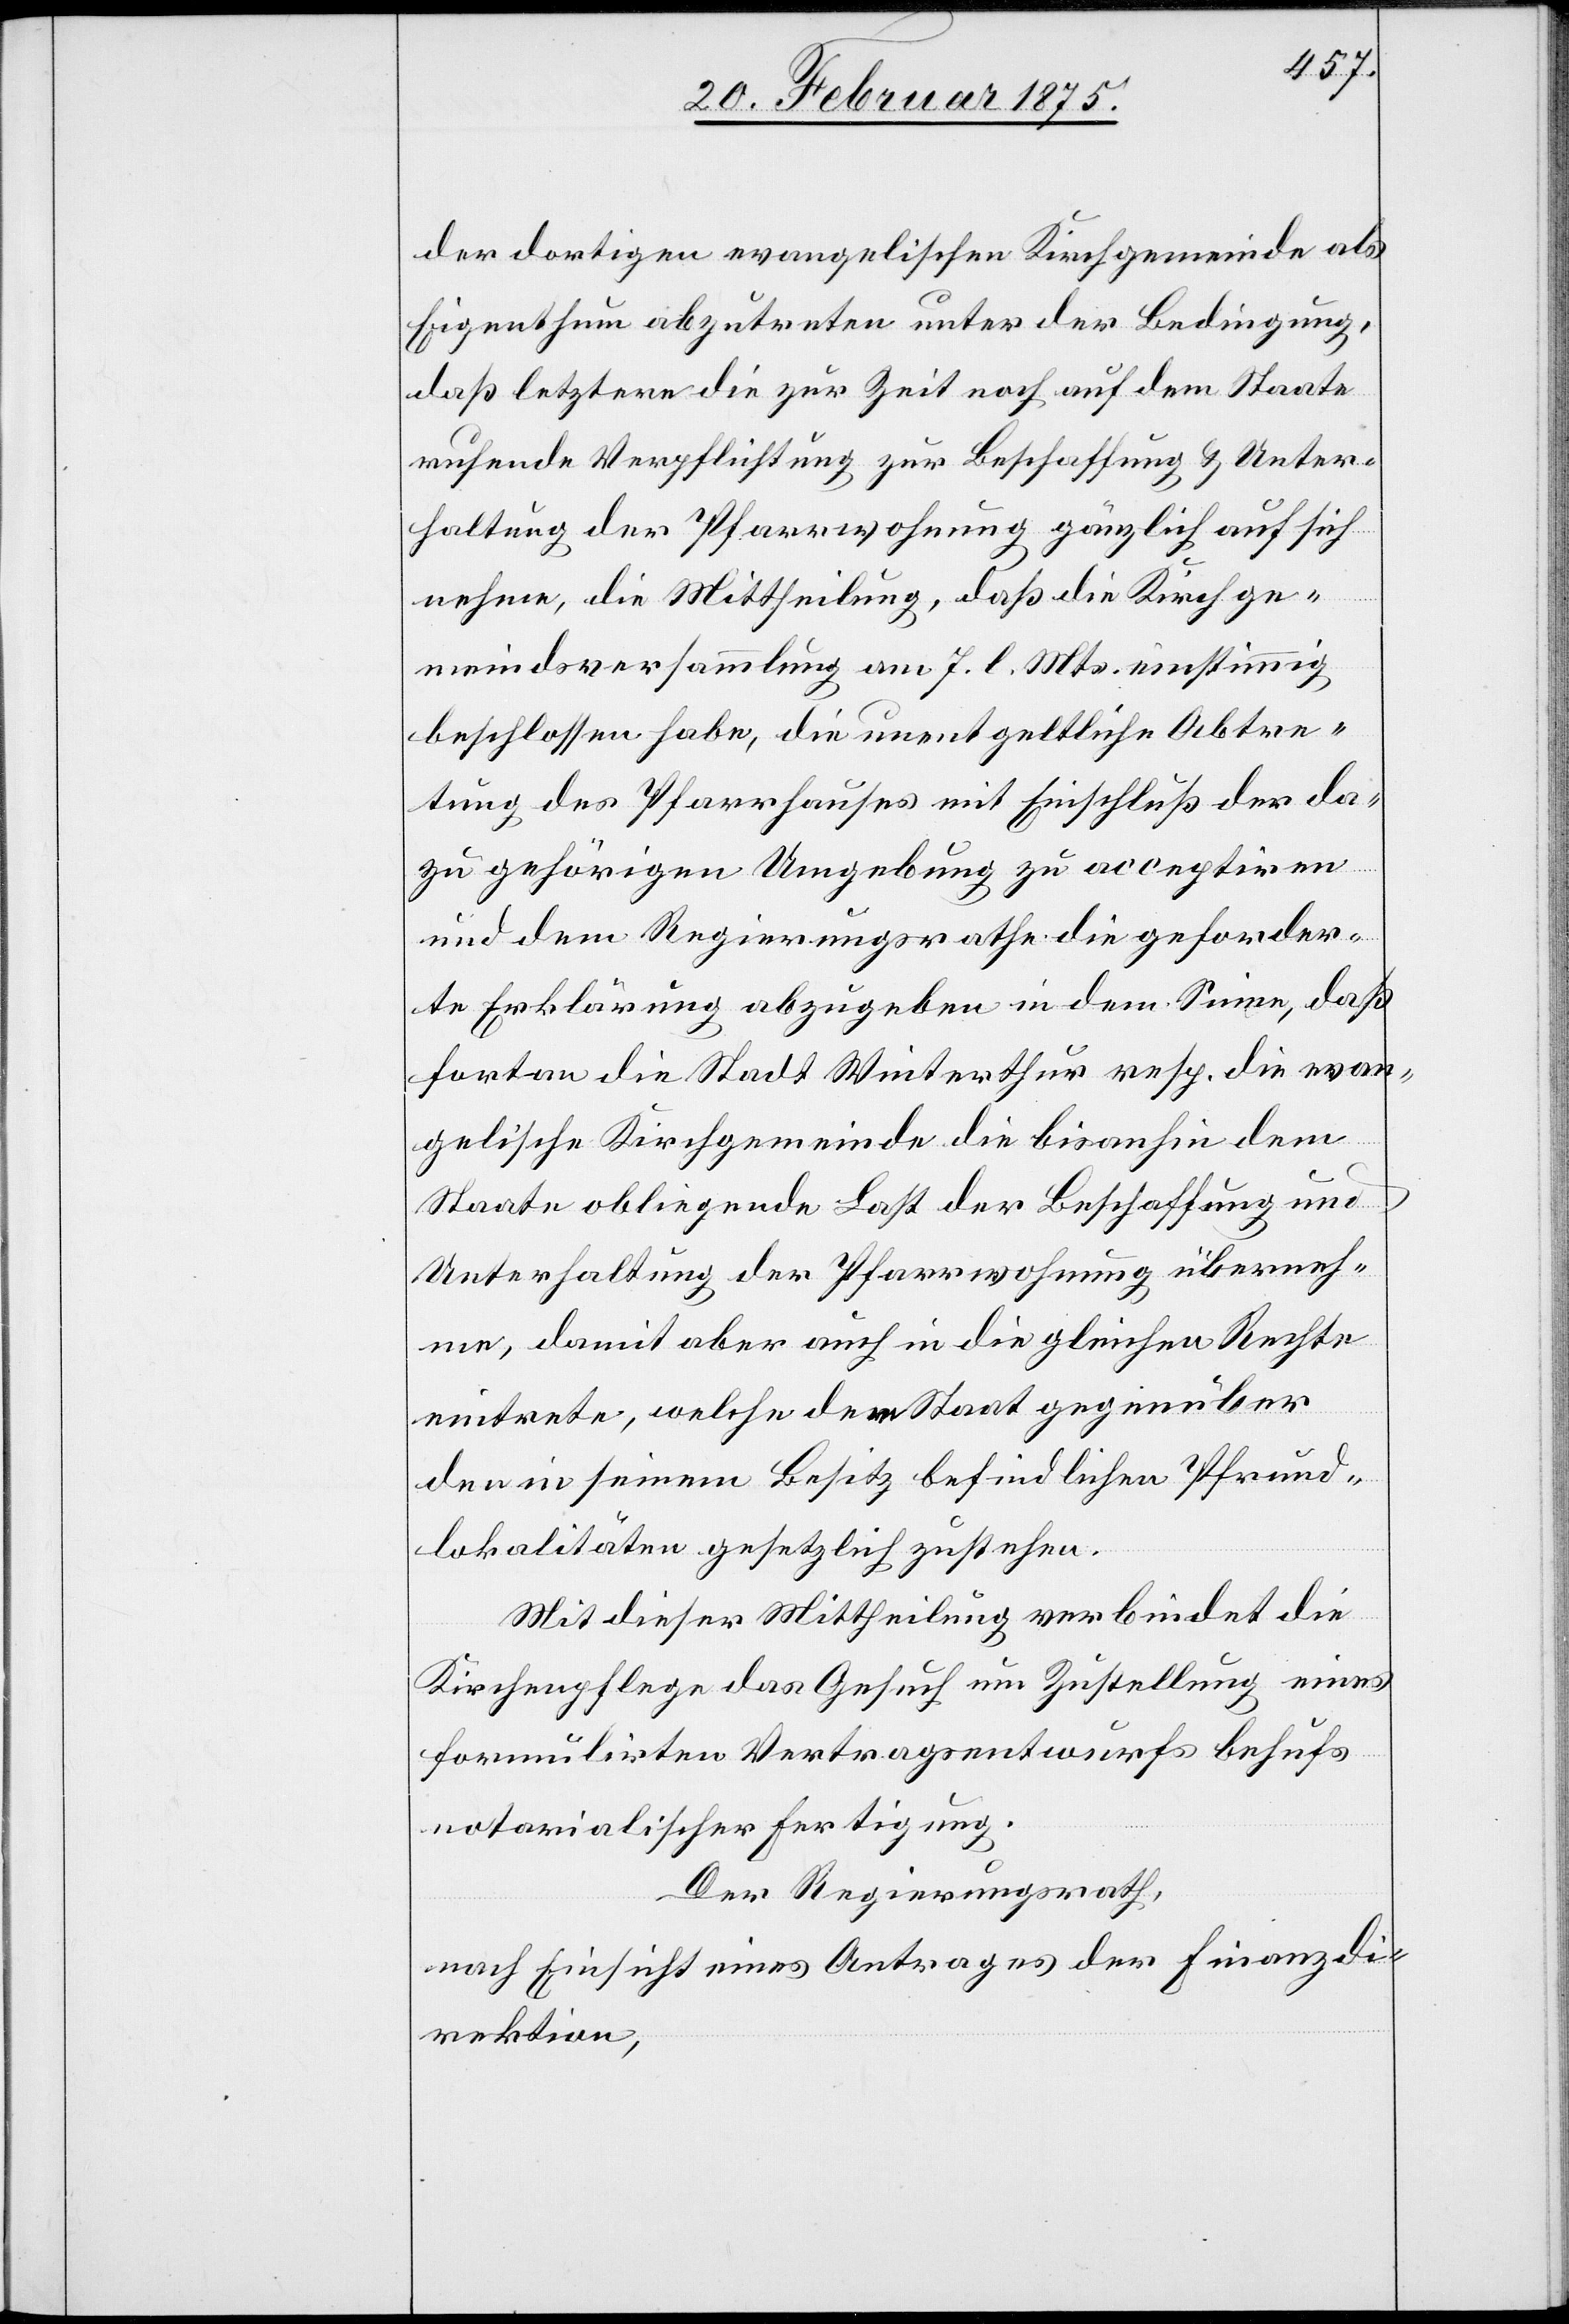
der dortigen evangelischen Kirchgemeinde als
Eigenthum abzutreten unter der Bedingung,
daß letztere die zur Zeit noch auf dem Staate
ruhende Verpflichtung zur Beschaffung & Unter¬
haltung der Pfarrwohnung gänzlich auf sich
nehme, die Mittheilung, daß die Kirchge¬
meindsversammlung am 7. l. Mts. einstimmig
beschlossen habe, die unentgeltliche Abtre¬
tung des Pfarrhauses mit Einschluß der da¬
zu gehörigen Umgebung zu acceptiren
und dem Regierungsrathe die geforder¬
te Erklärung abzugeben in dem Sinne, daß
fortan die Stadt Winterthur resp. die evan¬
gelische Kirchgemeinde die bisanhin dem
Staate obliegende Last der Beschaffung und
Unterhaltung der Pfarrwohnung überneh¬
me, damit aber auch in die gleichen Rechte
eintrete, welche dem Staat gegenüber
den in seinem Besitz befindlichen Pfrund¬
lokalitäten gesetzlich zustehen.
Mit dieser Mittheilung verbindet die
Kirchenpflege das Gesuch um Zustellung eines
formulirten Vertragsentwurfs behufs
notarialischer Fertigung.
Der Regierungsrath,
nach Einsicht eines Antrages der Finanzdi¬
rektion,